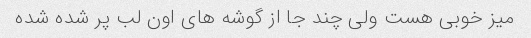
میز خوبی هست ولی چند جا از گوشه های اون لب پر شده شده